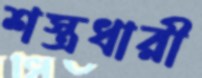
শস্ত্রধারী